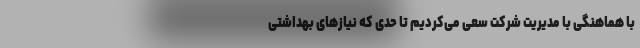
با هماهنگی با مدیریت شرکت سعی می‌کردیم تا حدی که نیاز‌های بهداشتی